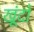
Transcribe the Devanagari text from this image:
खूंदों